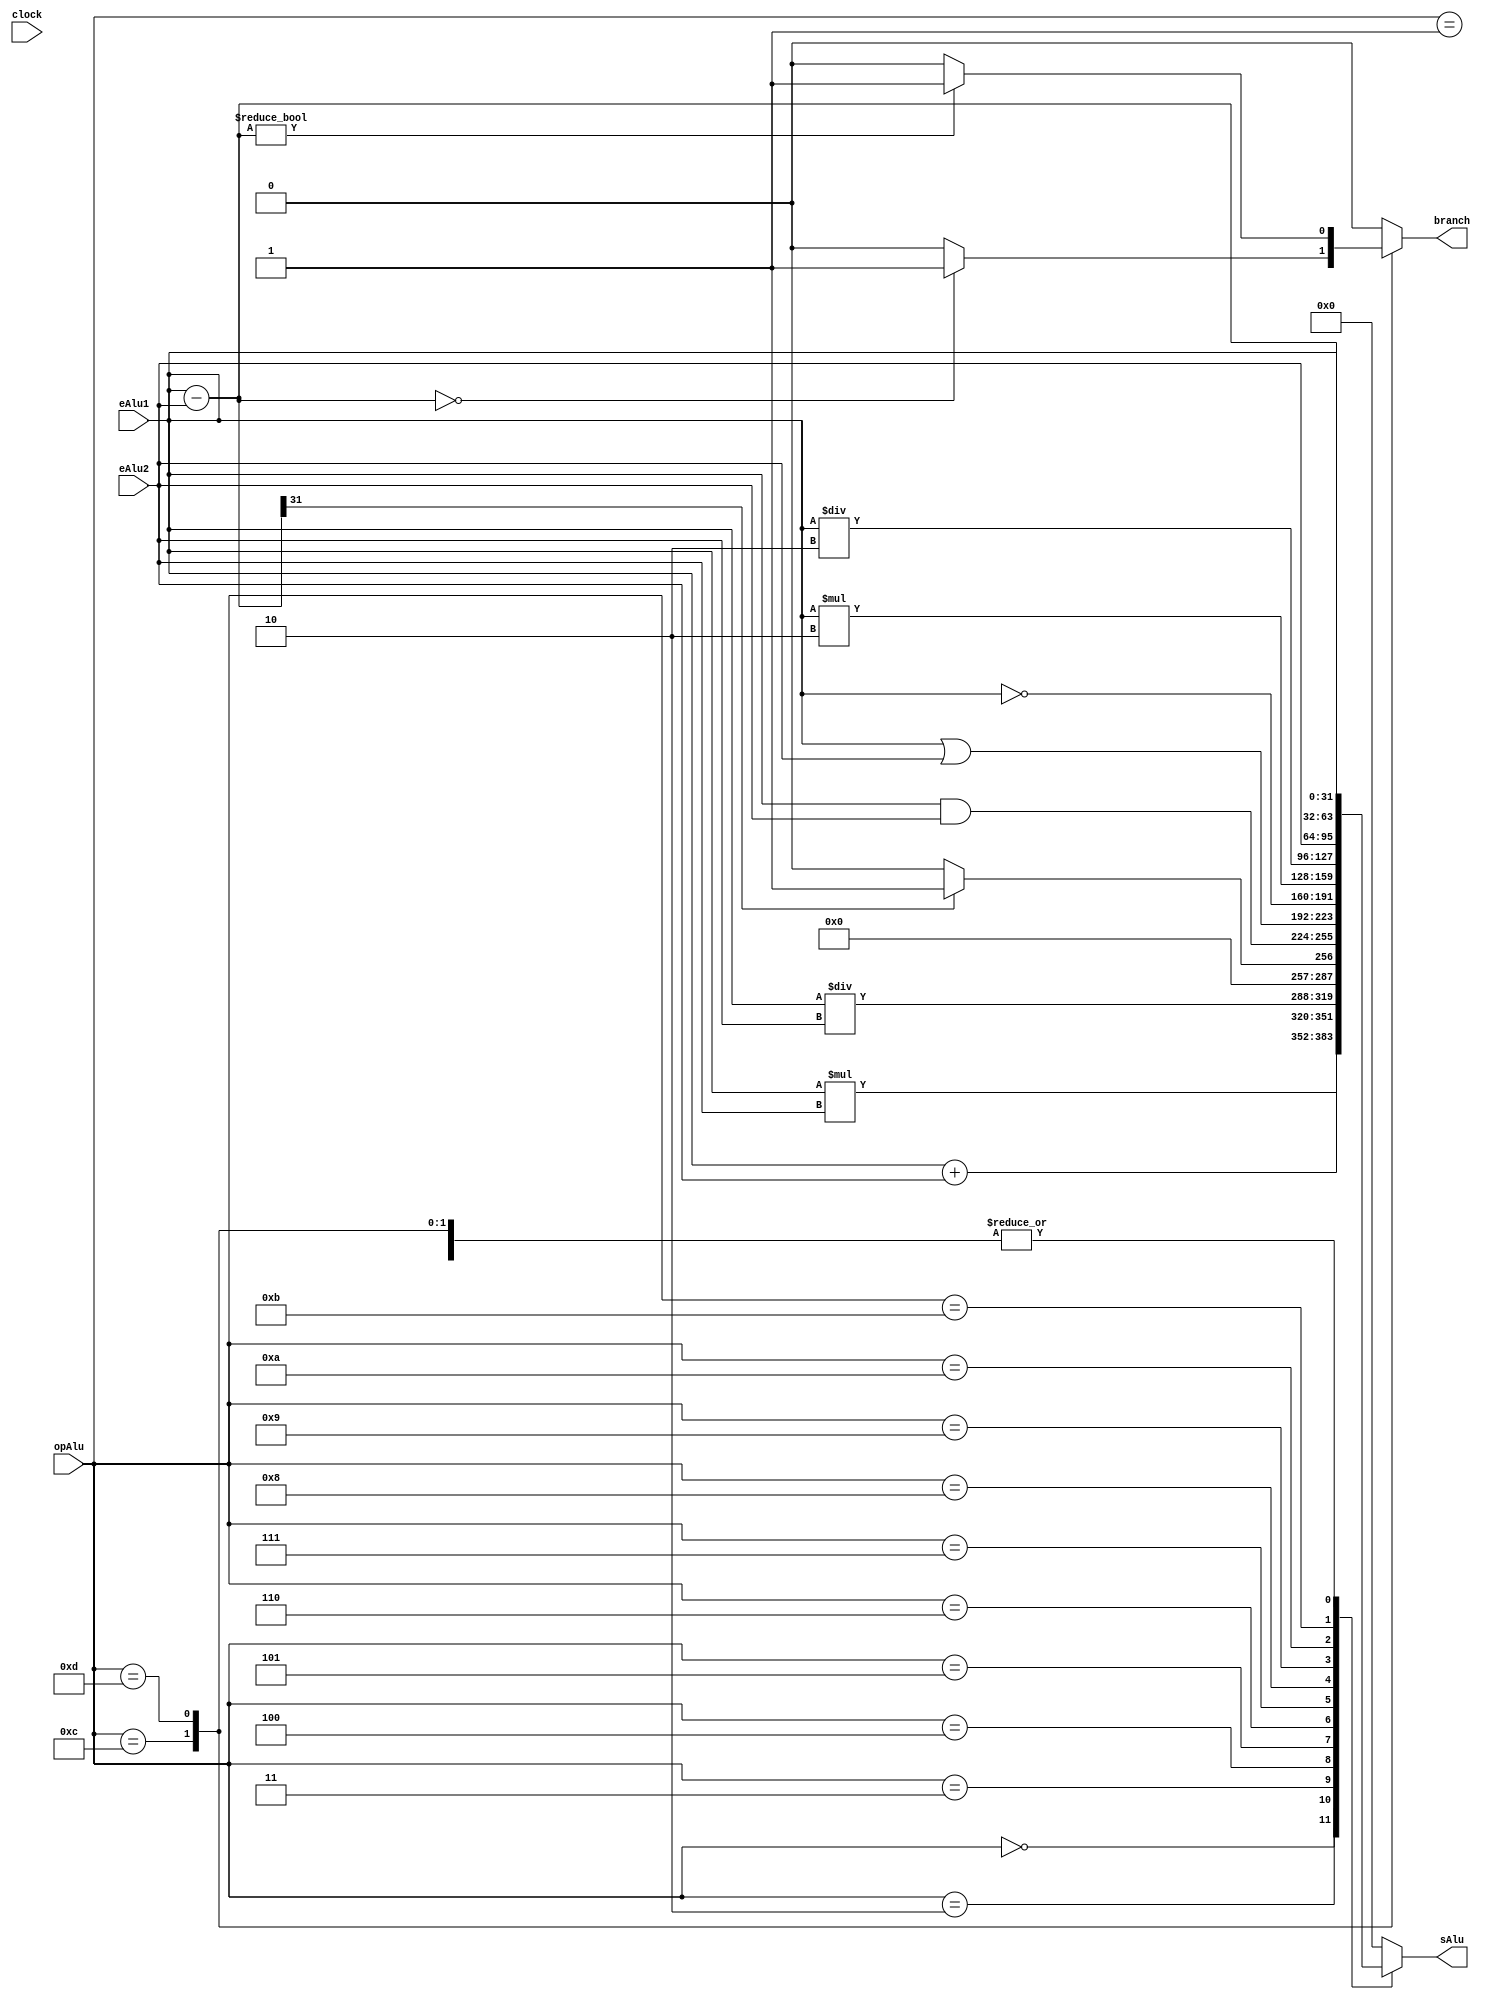
module alu 
#(parameter DATA_WIDTH=32, parameter ADDR_WIDTH=6)	
	(
	input [DATA_WIDTH-1:0] eAlu1, 
	input [DATA_WIDTH-1:0] eAlu2,
	input [3:0] opAlu,  
	input clock,
	output reg [DATA_WIDTH-1:0] sAlu,
	output reg branch);
	
	

	always @ (eAlu1 or eAlu2 or opAlu)
	begin
		
		branch = 0;
	
		case(opAlu)
			
			/* soma, load, store, in */
			4'b0000: sAlu = eAlu1 + eAlu2;
			/* subtracao */
			4'b0001: sAlu = eAlu1 - eAlu2;
			/* multiplicacao */
			4'b0010: sAlu = eAlu1 * eAlu2;
			/* divisao */
			4'b0011: sAlu = eAlu1 / eAlu2;
			/* slt */
			4'b0100: 
			begin
				sAlu = eAlu1 - eAlu2;
				/* Se o msb for 1, o resultado da subtrao  negativo */
				if (sAlu[DATA_WIDTH-1] == 1)
					sAlu = 1;
				else
					sAlu = 0;
			end
			// and */
			4'b0101: sAlu = eAlu1 & eAlu2;
			/* or */
			4'b0110: sAlu = eAlu1 | eAlu2;
			/* not */
			4'b0111: sAlu = ~eAlu1;
			/* sr */
			4'b1000: sAlu = eAlu1 * 2;
			/* sl */
			4'b1001: sAlu = eAlu1 / 2;
			/* loadi */
			4'b1010: sAlu = eAlu2;
			/* move */
			4'b1011: sAlu = eAlu1;
			/* beq */
			4'b1100: 
				begin
					sAlu = eAlu1 - eAlu2;
					if (sAlu == 0)
						branch = 1;
					else 
						branch = 0;
				end
			/* bne */
			4'b1101: 
				begin
					sAlu = eAlu1 - eAlu2;
					if (sAlu != 0)
						branch = 1;
					else 
						branch = 0;
				end
			/* outros */
			default: sAlu = 0;
		
		endcase
	
	end

endmodule